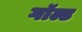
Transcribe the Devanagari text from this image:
गॉल्ड